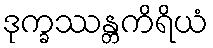
ဒုက္ခဿန္တကိရိယံ